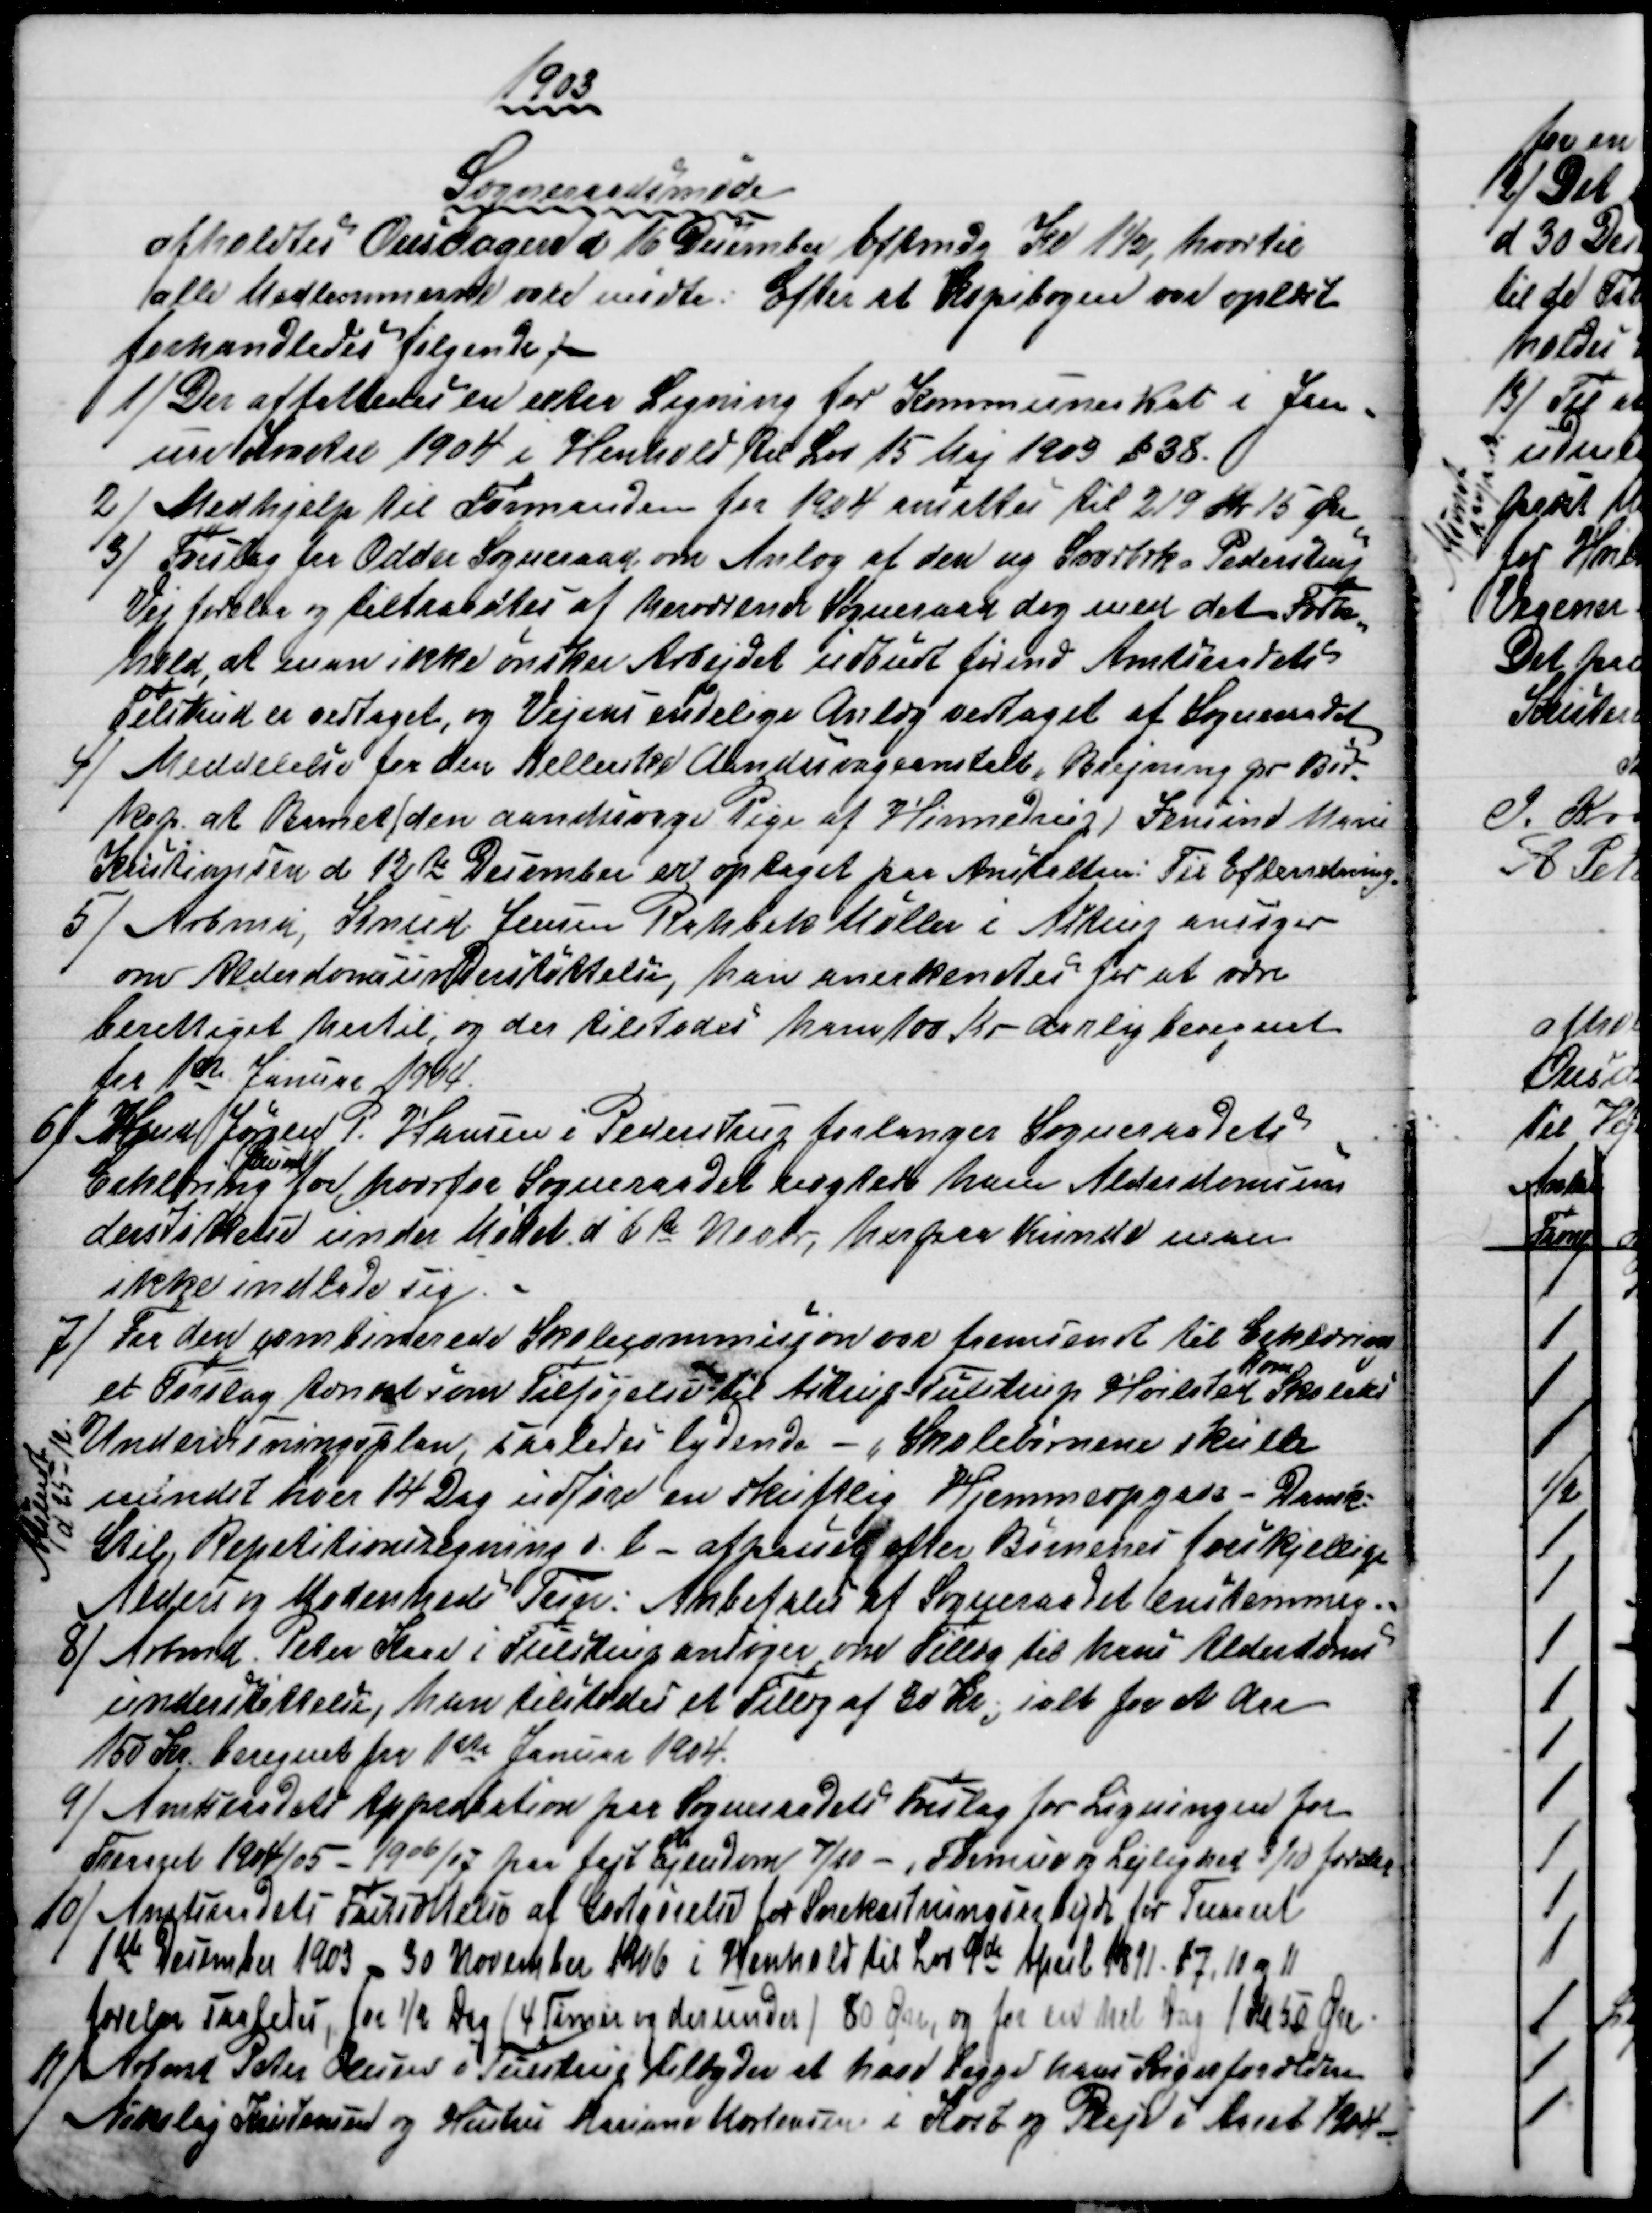
Transskription:
1903
Sogneraadsmøde
afholdtes Onsdagen d 16 December Eftmdg Kl 1½, hvortil
alle Medlemmerne vare mødte. Efter at Kopibogen var oplæst
forhandledes følgende.
1) 
Der affattedes en extra Ligning for Kommuneskat i Jan=
uar Kvartal 1904 i Henhold til Lov 15 Maj 1903 § 38.
2)
Medhjelp til Formanden for 1904 ansattes til 219 Kr 15 Øre
3) 
Forslag fra Odder Sogneraad om Anlæg af den ny Svorbæk- Pederstrup
Vej forelaa og tiltraadtes at herværende Sogneraad dog med det Forbe
=
hold, at man ikke ønsker Arbejdet udbudt førend Amtsraadets
Tilskud er vedtaget, og Vejens endelige Anlæg vedtaget af Sogneraadet
4)
Meddelelse fra den Kellerske Aandssvageanstalt, Brejning pr Bør-
kop. at Barnet den aandssvage Pige af Hinnedrup, Jensine Marie
Kristiansen d 12te December er optaget paa Anstalten: Til Efterretning.
5) 
Arbmd, Knud Jensen Rahbek Møller i Astrup ansøger
om Alderdomsunderstøttelse, han anerkendtes for at være
berettiget hertil, og der tilstodes ham 100 Kr aarlig beregnet
fra 1ste Januar 1904.
6)
Hmd Jørgen P. Hansen i Pederstrup forlanger Sogneraadets
Erklæring 
Grund
for, hvorfor Sogneraadet nægtede ham Alderdomsun
derstøttelse under Mødet d 6te Novbr, herpaa Kunde man
ikke indlade sig.
7) 
Fra den combinerede Skolecommisjon var fremsendt til Erklæring
et Forslag  Tilføjelse til Astrup Tulstrup Hvilsted 
Kom
Skolers
Undervisningsplan, saaledes lydende - "Skolebørnene skulle
mindst hver 14 Dag udføre en skriftlig Hjemmeopgave - Dansk
Stil, Repetitionsregning o.l. - afpasset efter Børnenes forskjellige
Alders og Modenheds Tegn: Anbefales at Sogneraadet enstemmig.
Afsendt
d 25 - 12.
8) 
Arbmd. Peter Kaae i Tulstrup ansøger om Tillæg til hans Alderdoms
understøttelse, han tilstodes et Tillæg af 30 Kr; ialt for et Aar
150 Kr. beregnet fra 1ste Januar 1904.
9)
Amtsraadets Approbation paa Sogneraadets Forslag for Ligningen for
Treaaret 1904/05 - 1906/07 paa fast Ejendom 7/10 -, Formue og Lejlighed 3/10 forelaa
10) 
Amtsraadets Fastsættelse af Godtgørelse for Snekastningsarbejde for Treaaret
1ste December 1903 - 30 November 1906 i Henhold til Lov 9de April 1891. §7, 10 og 11
forelaa saaledes, for ½ Dag (4 Timer og derunder) 80 Øre, og for en hel Dagl for 1 Kr 50 Øre.
11)
 Arbmd Peter Olesen i Tulstrup tilbyder at have begge hans Svigerforældre
Nikolaj Kristensen og Hustru Mariane Mortensen i Kost og Pleje i Aaret 1904.